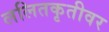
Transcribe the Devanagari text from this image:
ललितकृतीवर